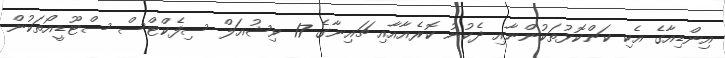
އިންޑިއާގެ އެކި ކަންކޮޅުތަކުންނާއި ދެކުނު ކޮރެއާއާއި ޗައިނާގެ 17 ވިޝުއަލް ސިފެކްޓްސް ސްޓޫޑީއޯތަކުން